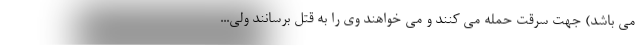
می باشد) جهت سرقت حمله می کنند و می خواهند وی را به قتل برسانند ولی...